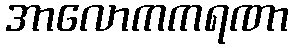
အာလောကကရဏာ